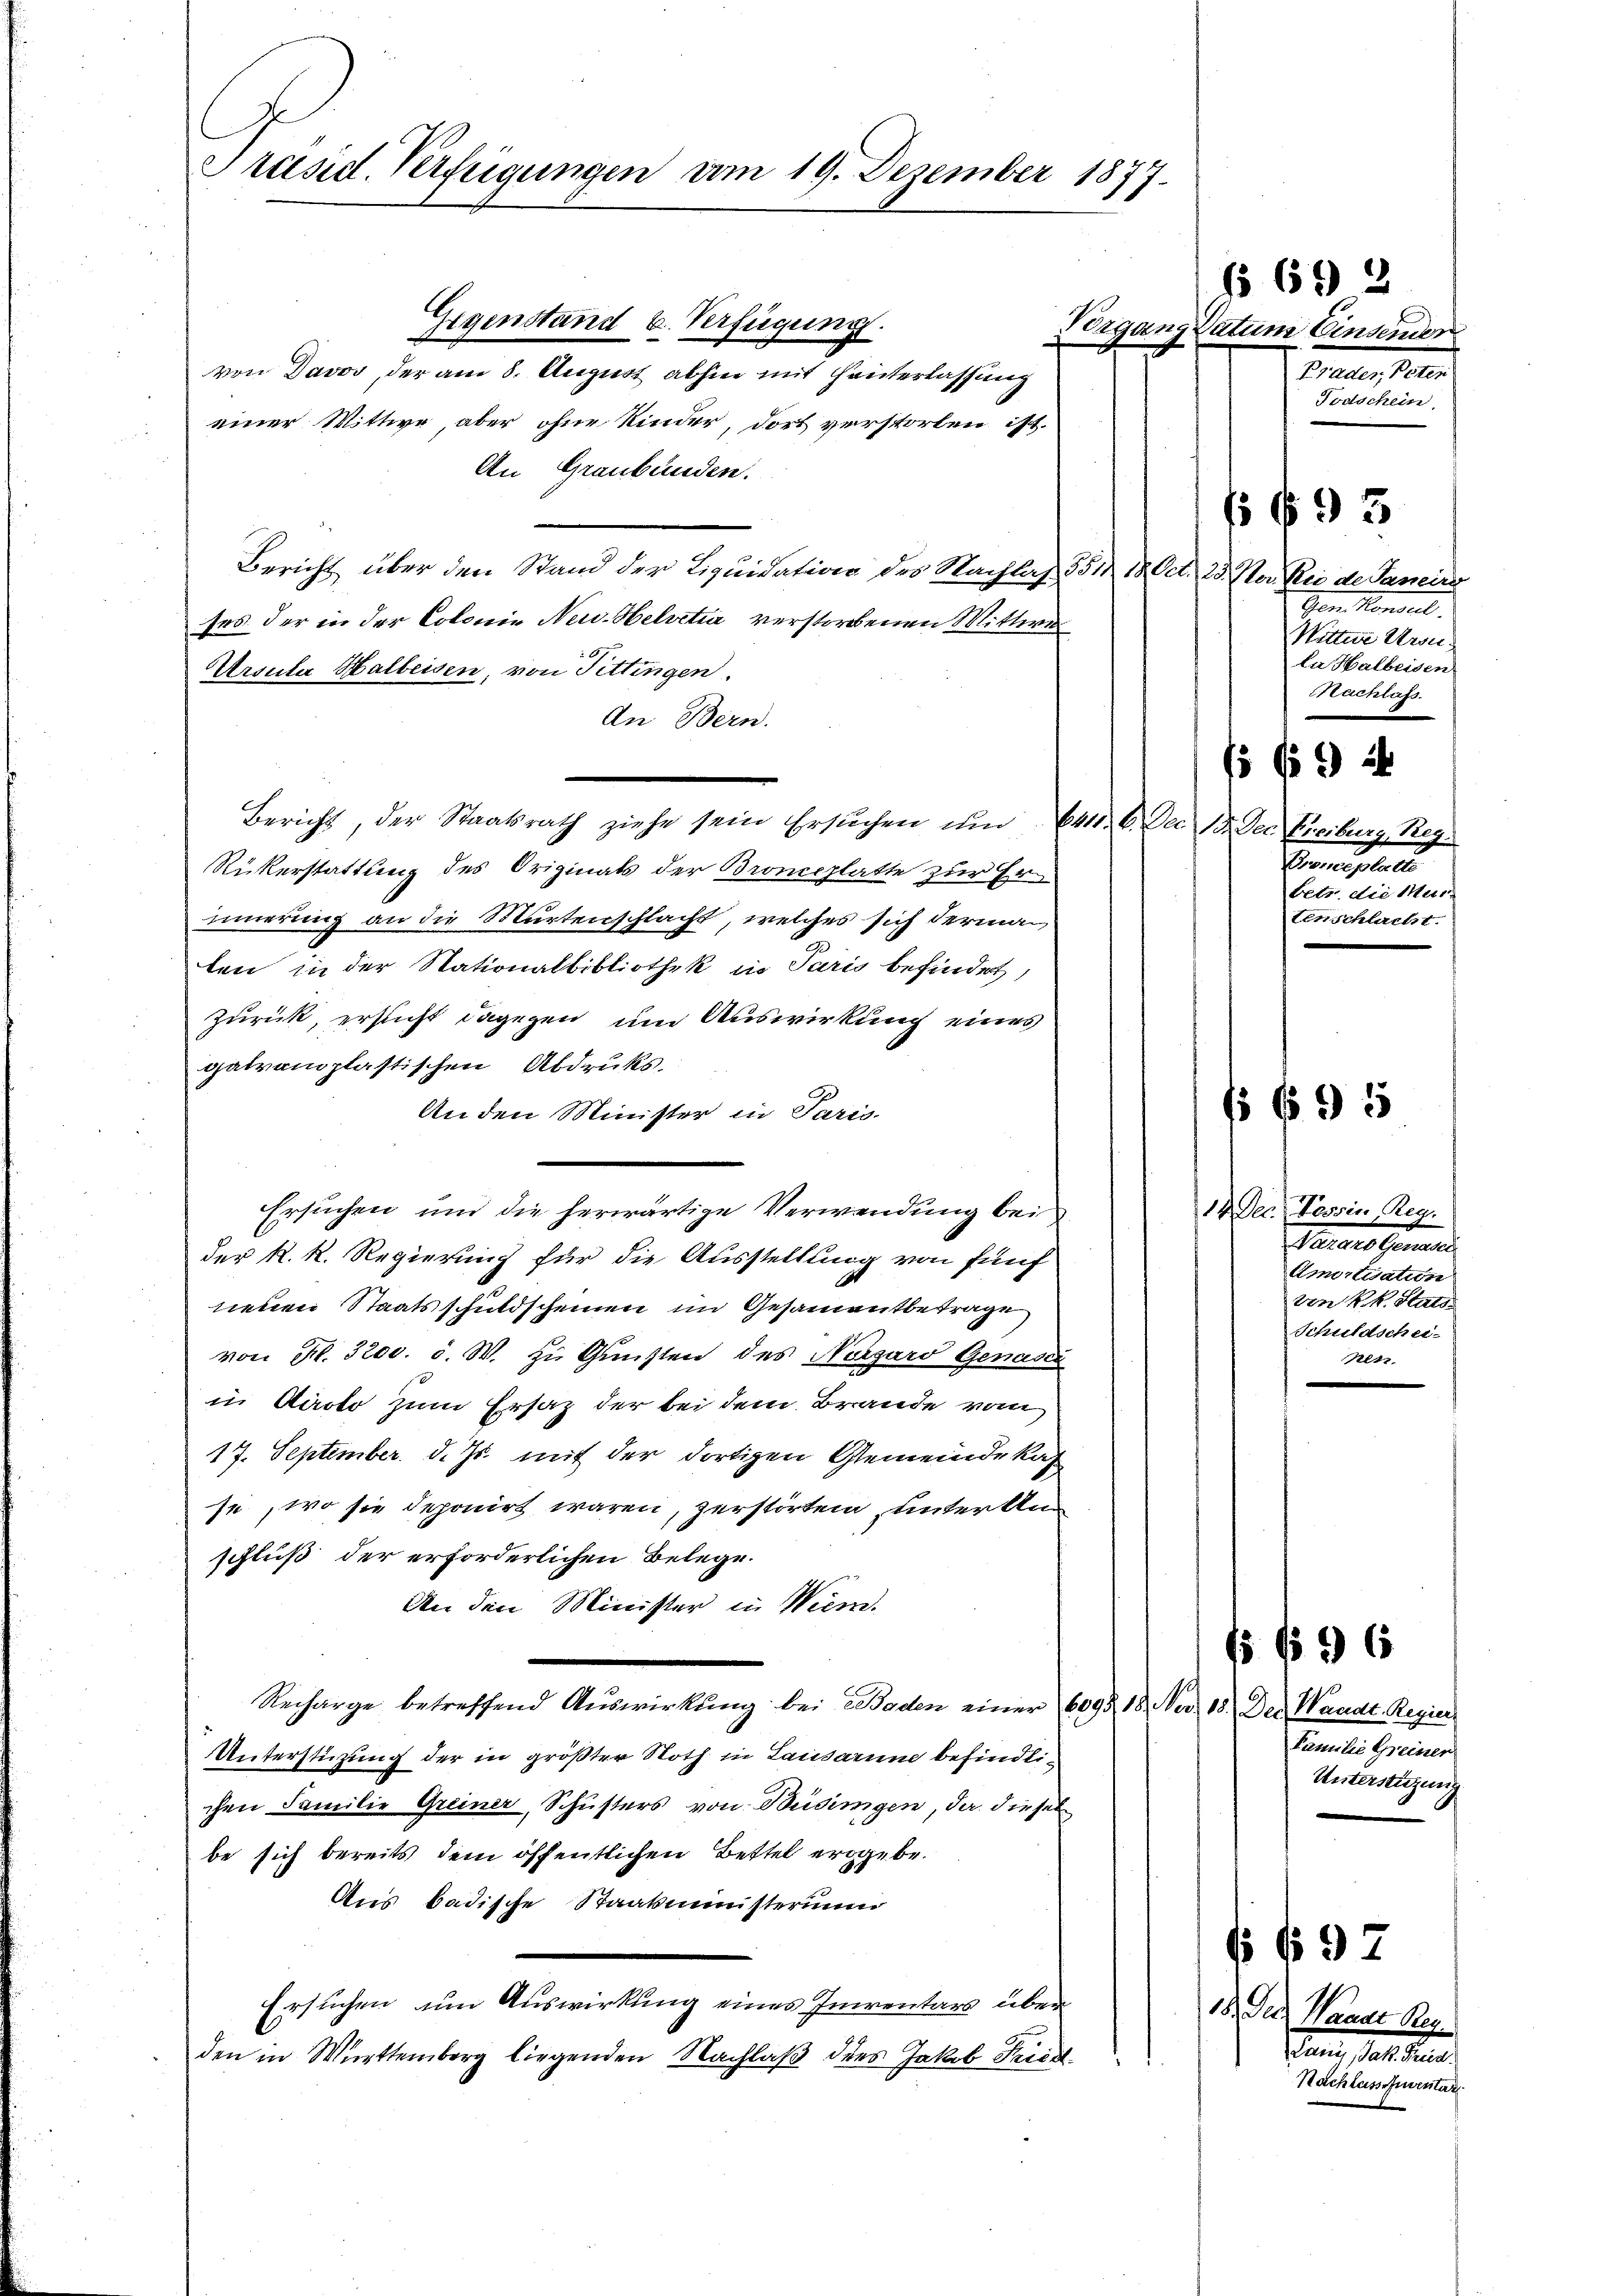
Präsid. Verfügungen am 19. Dezember 1877.
Gegenstand b. Verfügung.

von Davos, der am 8. August abhin mit Hinterlassung
einer Wittwe, aber ohne Kinder, dort verstorben ist.
An Graubünden.
Bericht über den Stand der Liquidation des Nachlag 351 18. Oct. 25. Ster Rei de Janeiro
ses der in der Colonie Neu- Helvetia verstorbenen Mittwe
Ursula Halbeisen, von Fittingen.
An Bern.
Bericht, der Staatsrath ziehe sein Ersuchen um 641. 6. Dec 18. Der Freiburg, Reg
Rükerstattung des Originats der Brongplatte zur Erinnerung an die Murtenschlacht, welches sich derma
ten in der Nationalbibliothek in Paris befindet,
Zurück, ersucht dagegen und Auswirkung eines
gatvonplastischen Abdruks.
An den Minister in Paris.
Ersuchen und die herwärtige Verwendung bei
der K. R. Regierung für die Ausstellung von fünf
neuen Staatsschuldscheinen im Gesammtbetrage
von Fr. 3200. d. W. zu Gunsten des Nörgard Genasci
in Airolo zum Ersatz der bei dem Brande vom
17. September d. Js. mit der dortigen Gemeinde ka
se, wo sie deponirt waren, zerstörten, unter Anschluß der erforderlichen Belege.
An den Minister in Wien.
Recharge betreffend Auswirkung bei Baden einer 6093. 18. No. 18. Der Waadt. Regier
Unterstüzung der in größter Noth in Lausanne befindlichen Familie Greiner, Schusters von Büdingen, da diesel
be sich bereits dem öffentlichen Bettel ergebe.
Aus badische Staatsministerium
Ersuchen, um Auswirkung eines Inventars über
den in Württemberg liegenden Nachlaß dies Jakob Friedl

§ 692

Vorgang Datum Einsender
Prades, Peten
Todschein

Gem. Konsul
Mittwe Kron
la Halbeisen
Nachlass.

Veranstalte
betr. die Mur-
tenschlacht.

695

14. Der Tessin, Reg.
Perates Gemeind
Amortisation
ven k.k. Statt
Schuldschei-
Netz.

1 f 36

Familie Greiner
Unterstüzung

18. Der Waadt Reg.
Sanen, das die
Nachlassouventa

ff 9 3

15 f 0 x

92